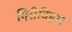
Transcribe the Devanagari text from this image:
गिरीविहार